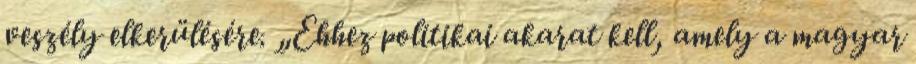
veszély elkerülésére. „Ehhez politikai akarat kell, amely a magyar